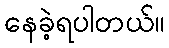
နေခဲ့ရပါတယ်။